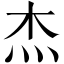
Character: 杰